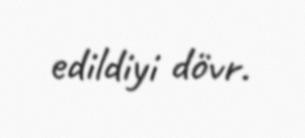
edildiyi dövr.